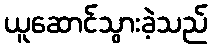
ယူဆောင်သွားခဲ့သည်